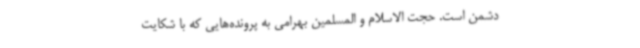
دشمن است. حجت الاسلام و المسلمین بهرامی به پرونده‌هایی که با شکایت